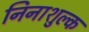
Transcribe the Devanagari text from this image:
निनाशुल्क